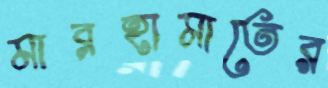
মারহামাতের